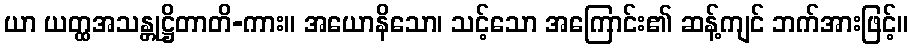
ယာ ယတ္ထအသန္တုဋ္ဌိတာတိ-ကား။ အယောနိသော၊ သင့်သော အကြောင်း၏ ဆန့်ကျင် ဘက်အားဖြင့်။